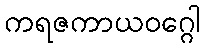
ကရဇကာယဝဂ္ဂေါ